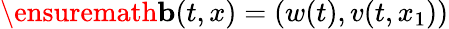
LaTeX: \ensuremath{\mathbf{b}}(t,x)=(w(t),v(t,x_{1}))